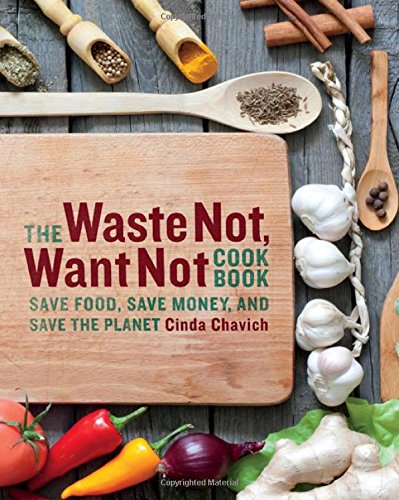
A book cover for The Waste Not, Want Not Cookbook: Save Food, Save Money and Save the Planet; Cinda Chavich; Cookbooks, Food & Wine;